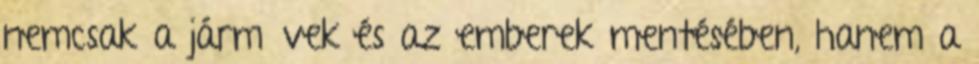
nemcsak a járművek és az emberek mentésében, hanem a